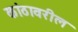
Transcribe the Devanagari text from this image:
कांठावरील